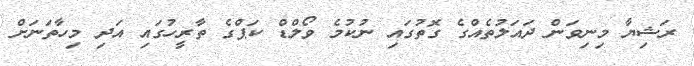
ރަޝިޔާ މިނިވަން ދައަލުތެއްގެ ގޮތުގައި ނުކުމެ ވޯލްޑް ކަޕްގެ ތާރީހުގައި އަދި މިހާތަނަށް